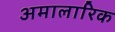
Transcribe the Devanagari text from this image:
अमालारिक